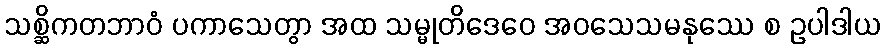
သစ္ဆိကတဘာဝံ ပကာသေတွာ အထ သမ္မုတိဒေဝေ အဝသေသမနုဿေ စ ဥပါဒါယ